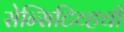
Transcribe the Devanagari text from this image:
सेन्सिटिव्हची